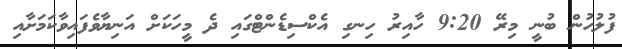
ފުލުހުން ބުނީ މިރޭ 9:20 ހާއިރު ހިނގި އެކްސިޑެންޓްގައި ދެ މީހަކަށް އަނިޔާވެފައިވާކަމަށާއި